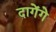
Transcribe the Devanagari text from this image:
दागेंगे